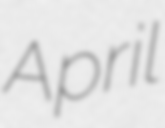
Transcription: April